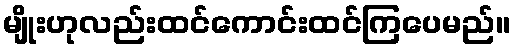
မျိုးဟုလည်းထင်ကောင်းထင်ကြပေမည်။